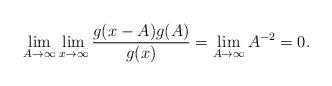
LaTeX: \begin{align*}\lim_{A\to\infty}\lim_{x \to \infty}\frac{g(x-A)g(A)}{g(x)}=\lim_{A\to\infty}A^{-2}=0.\end{align*}